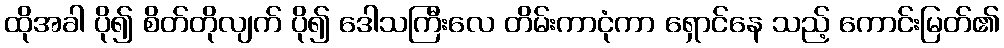
ထိုအခါ ပို၍ စိတ်တိုလျက် ပို၍ ဒေါသကြီးလေ တိမ်းကာငုံကာ ရှောင်နေ သည့် ကောင်းမြတ်၏